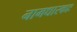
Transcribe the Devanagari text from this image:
नामधारकाः